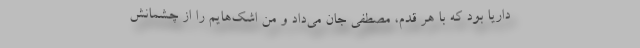
داریا بود که با هر قدم، مصطفی جان می‌داد و من اشک‌هایم را از چشمانش